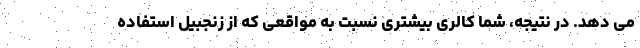
می دهد. در نتیجه، شما کالری بیشتری نسبت به مواقعی که از زنجبیل استفاده